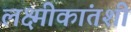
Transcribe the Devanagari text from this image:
लक्ष्मीकांतशी